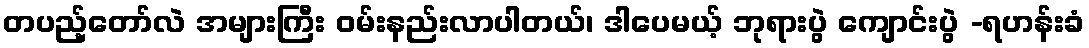
တပည့်တော်လဲ အများကြီး ဝမ်းနည်းလာပါတယ်၊ ဒါပေမယ့် ဘုရားပွဲ ကျောင်းပွဲ -ရဟန်းခံ